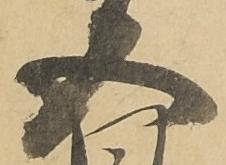
五